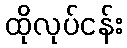
ထိုလုပ်ငန်း